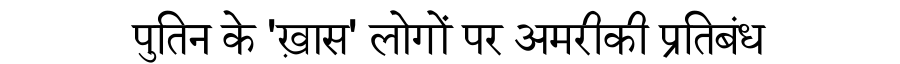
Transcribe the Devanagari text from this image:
पुतिन के 'ख़ास' लोगों पर अमरीकी प्रतिबंध